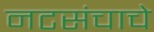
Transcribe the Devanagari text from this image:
नटसंचाचे